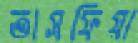
তাসফিয়া